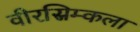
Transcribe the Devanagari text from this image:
वीरस्रिम्कला